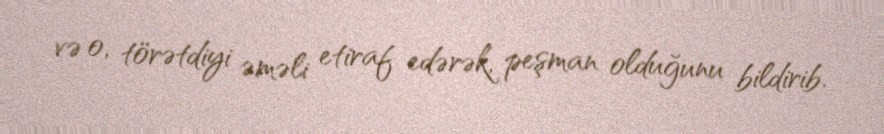
və o, törətdiyi əməli etiraf edərək, peşman olduğunu bildirib.